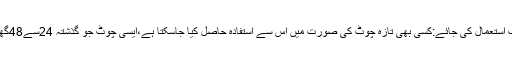
ٹھنڈی تھراپی کب استعمال کی جائے:کسی بھی تازہ چوٹ کی صورت میں اس سے استفادہ حاصل کیا جاسکتا ہے،ایسی چوٹ جو گذشتہ 24سے48گھنٹوں میں لگی ہو۔